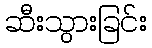
ဆီးသွားခြင်း